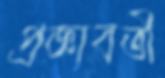
প্রজ্ঞাবতী